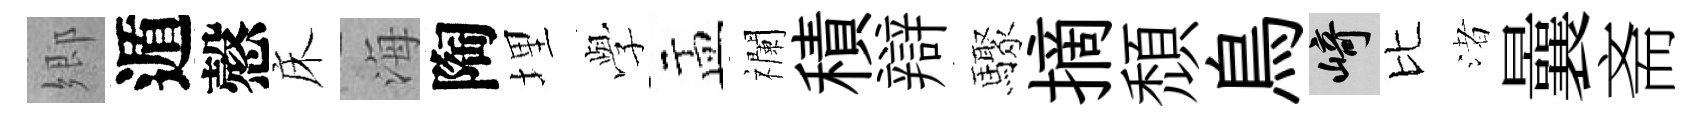
郷遁慤床海陶埋𫝯盂襴積辯驟摘頹鳥崎比渚曩斋